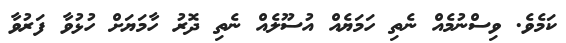
ކަމެވެ. ވިސްނުމެއް ނެތި ހަަމަޔެއް އުސޫލެއް ނެތި ދޮރު ހާމަޔަށް ހުޅުވާ ފަރުވާ